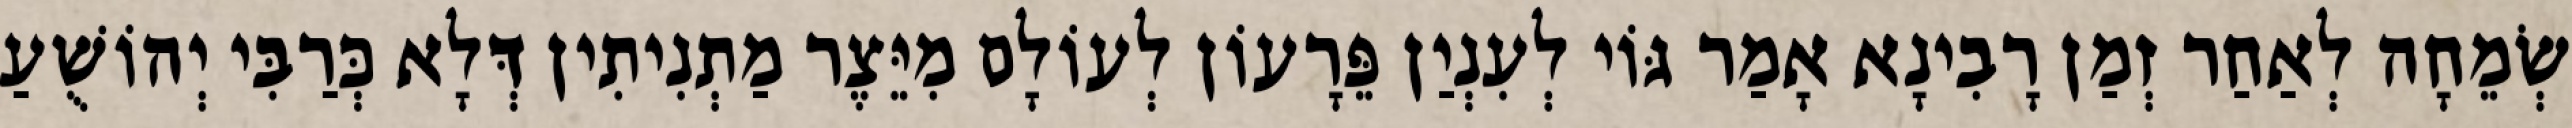
שְׂמֵחָה לְאַחַר זְמַן רָבִינָא אָמַר גּוֹי לְעִנְיַן פֵּרָעוֹן לְעוֹלָם מִיֵּצֶר מַתְנִיתִין דְּלָא כְּרַבִּי יְהוֹשֻׁעַ